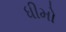
ધીમો